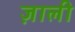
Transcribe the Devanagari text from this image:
ज़ाली